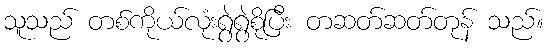
သူသည် တစ်ကိုယ်လုံးရွဲရွဲစိုပြီး တဆတ်ဆတ်တုန် သည်။